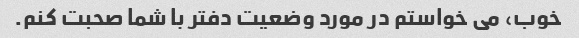
خوب، می خواستم در مورد وضعیت دفتر با شما صحبت کنم.